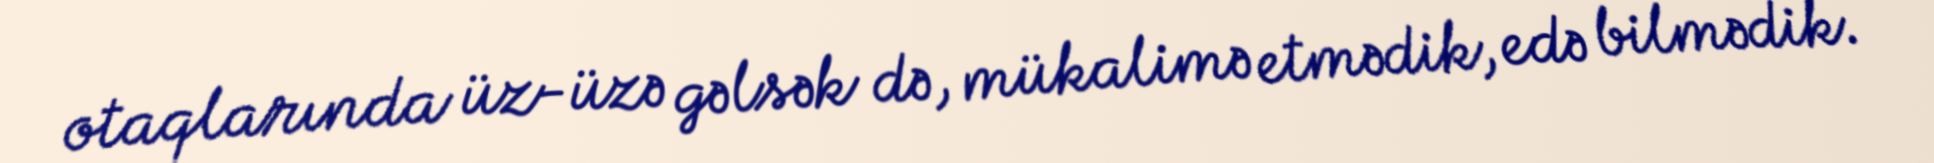
otaqlarında üz-üzə gəlsək də, mükalimə etmədik, edə bilmədik.